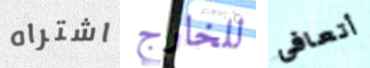
اشتراه للخارج أتعافى